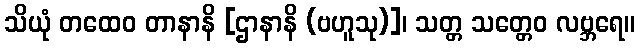
သိယုံ တထေဝ တာနာနိ [ဌာနာနိ (ဗဟူသု)]၊ သတ္တ သတ္တေဝ လဗ္ဘရေ။